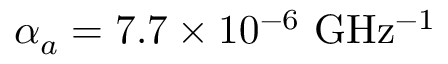
\alpha _ { a } = 7 . 7 \times 1 0 ^ { - 6 } ~ \mathrm { G H z ^ { - 1 } }